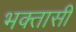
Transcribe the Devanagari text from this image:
भक्तासी